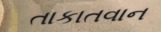
તાકાતવાન